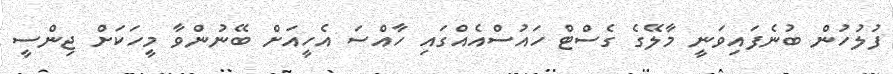
ފުލުހުން ބުނެފައިވަނީ މާލޭގެ ގެސްޓް ހައުސްއެއްގައި ހާއްސަ އެހީއަށް ބޭނުންވާ މީހަކަށް ޖިންސީ